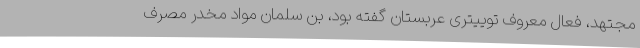
مجتهد، فعال معروف توییتری عربستان گفته بود، بن سلمان مواد مخدر مصرف